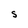
Character: S